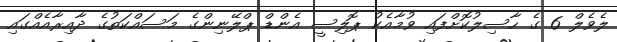
ލެވެލް 6 ގެ ހާސިލުކޮށްފައި ވުމާއެކު ޕޮލިސީ އެންޑް ޕްލޭނިންގެ މަސައްކަތުގެ ދާއިރާއެއްގައި